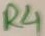
Text: R4